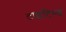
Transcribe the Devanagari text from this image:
टाइटिल्ड